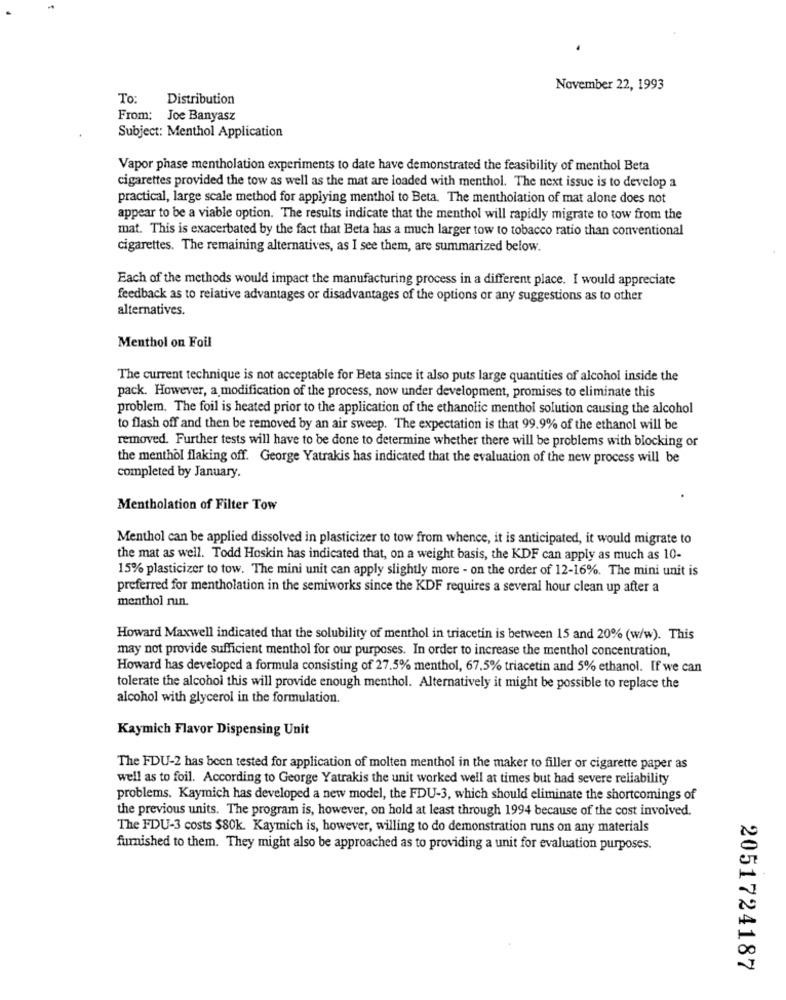
November 22, 1993
To:
Distribution
From: Joe Banyasz
Subject: Menthol Application
Vapor phase mentholation experiments to date have demonstrated the feasibility of menthol Beta
cigarettes provided the tow as well as the mat are loaded with menthol. The next issue is to develop a
practical, large scale method for applying menthol to Beta. The mentholation of mat alone does not
appear to be a viable option. The results indicate that the menthol will rapidly migrate to tow from the
mat. This is exacerbated by the fact that Beta has a much larger tow to tobacco ratio than conventional
cigarettes. The remaining alternatives, as I see them, are summarized below.
Each of the methods would impact the manufacturing process in a different place. I would appreciate
feedback as to relative advantages or disadvantages of the options or any suggestions as to other
alternatives.
Menthol on Foil
The current technique is not acceptable for Beta since it also puts large quantities of alcohol inside the
pack. However, a modification of the process, now under development, promises to eliminate this
problem. The foil is heated prior to the application of the ethanolic menthol solution causing the alcohol
to flash off and then be removed by an air sweep. The expectation is that 99.9% of the ethanol will be
removed. Further tests will have to be done to determine whether there will be problems with blocking or
the menthol flaking off. George Yatrakis has indicated that the evaluation of the new process will be
completed by January.
Mentholation of Filter Tow
Menthol can be applied dissolved in plasticizer to tow from whence, it is anticipated, it would migrate to
the mat as well. Todd Hoskin has indicated that, on a weight basis, the KDF can apply as much as 10-
15% plasticizer to tow. The mini unit can apply slightly more - on the order of 12-16%. The mini unit is
preferred for mentholation in the semiworks since the KDF requires a several hour clean up after a
menthol run.
Howard Maxwell indicated that the solubility of menthol in triacetin is between 15 and 20% (w/w). This
may not provide sufficient menthol for our purposes. In order to increase the menthol concentration,
Howard has developed a formula consisting of 27.5% menthol, 67.5% triacetin and 5% ethanol. If we can
tolerate the alcohol this will provide enough menthol. Alternatively it might be possible to replace the
alcohol with glycerol in the formulation.
Kaymich Flavor Dispensing Unit
The FDU-2 has been tested for application of molten menthol in the maker to filler or cigarette paper as
well as to foil. According to George Yatrakis the unit worked well at times but had severe reliability
problems. Kaymich has developed a new model, the FDU-3, which should eliminate the shortcomings of
the previous units. The program is, however, on hold at least through 1994 because of the cost involved.
The FDU-3 costs $80k. Kaymich is, however, willing to do demonstration runs on any materials
furnished to them. They might also be approached as to providing a unit for evaluation purposes.
2051724187